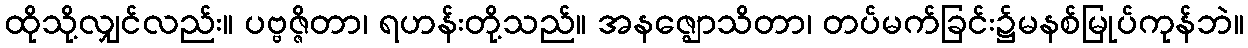
ထိုသို့လျှင်လည်း။ ပဗ္ဗဇ္ဇိတာ၊ ရဟန်းတို့သည်။ အနဇ္ဈောသိတာ၊ တပ်မက်ခြင်း၌မနစ်မြုပ်ကုန်ဘဲ။